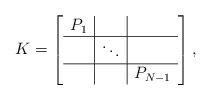
LaTeX: \begin{align*}K = \left[\begin{array}{c|c|c}P_1 & &\\\hline&\ddots &\\ \hline & & P_{N-1}\end{array}\right],\end{align*}